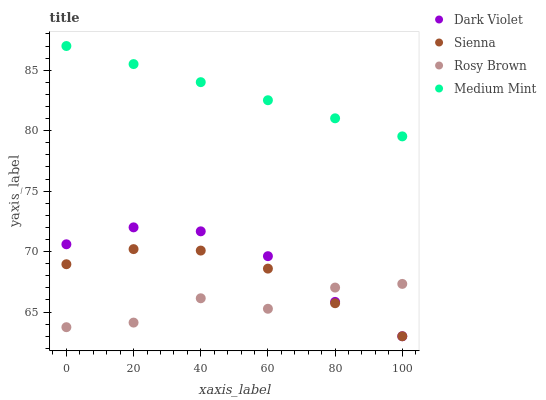
| xaxis_label | Dark Violet | Sienna | Rosy Brown | Medium Mint |
 | --- | --- | --- | --- | --- |
 | 0 | 70.6 | 69 | 63.7 | 87 |
 | 20 | 72 | 70.2 | 64.1 | 85.5 |
 | 40 | 71.7 | 70.1 | 66.1 | 84 |
 | 60 | 69.6 | 68.6 | 65.3 | 82.5 |
 | 80 | 65.8 | 65.7 | 67 | 81 |
 | 100 | 63 | 63 | 67.3 | 79.5 |